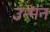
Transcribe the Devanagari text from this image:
उन्मन